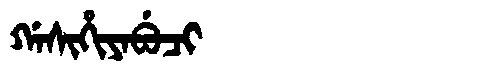
Manchu: ᡤᠠᠰᡳᡥᡳᠶᠠᠪᡠᠴᡳ
Romanization: GASIHIYABUCI